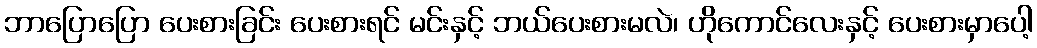
ဘာပြောပြော ပေးစားခြင်း ပေးစားရင် မင်းနှင့် ဘယ်ပေးစားမလဲ၊ ဟိုကောင်လေးနှင့် ပေးစားမှာပေါ့